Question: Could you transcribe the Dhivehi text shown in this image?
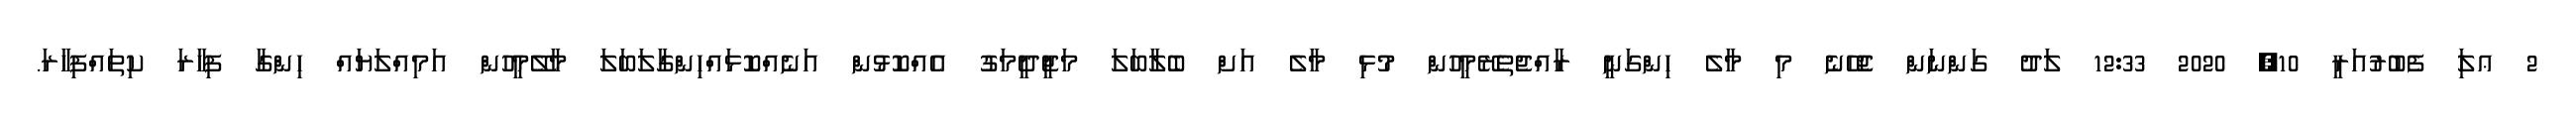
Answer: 2 ޢލަި ފެބުރުއަރީ 10, 2020 12:33 ލަދު ގަންނަން ޖެހޭނެ މި މާލެ ހިންގަނީ ރާއްޖެތެރޭމީހުން މުޅި މާލެ އަށް ބެލާބަލަ މަޖީދީމަގު އެއްކޮޅުން އަނެއްކޮޅައްހިންގާލަބަލަ މާލޭމީހުން އަމިއްލަޔައް ހިންގާ ފިހާރަ ކިތައްފިހާރަ.